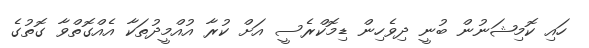
ހައި ކޮމިޝަނުން ބުނީ ދިވެހިން ޑިމޮކްރެސީ އަށް ކުރާ އުއްމީދުތަކާ އެއްގޮތްވާ ގޮތުގެ